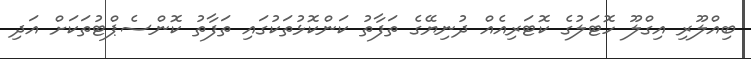
ބިއްލޫރި އިގްލޫ ހޮޓަލުގެ ކޮޓަރިއެއް ދުނިޔޭގެ ތަފާތު ކަންކޮޅުތަކުގައި ތަފާތު ކޮންސެޕްޓުތަކަށް އަދި